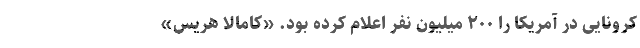
کرونایی در آمریکا را ۲۰۰ میلیون نفر اعلام کرده بود. «کامالا هریس»